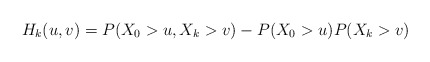
\begin{align*}H_{k}(u,v)=P(X_{0}>u,X_{k}>v)-P(X_{0}>u)P(X_{k}>v) \end{align*}